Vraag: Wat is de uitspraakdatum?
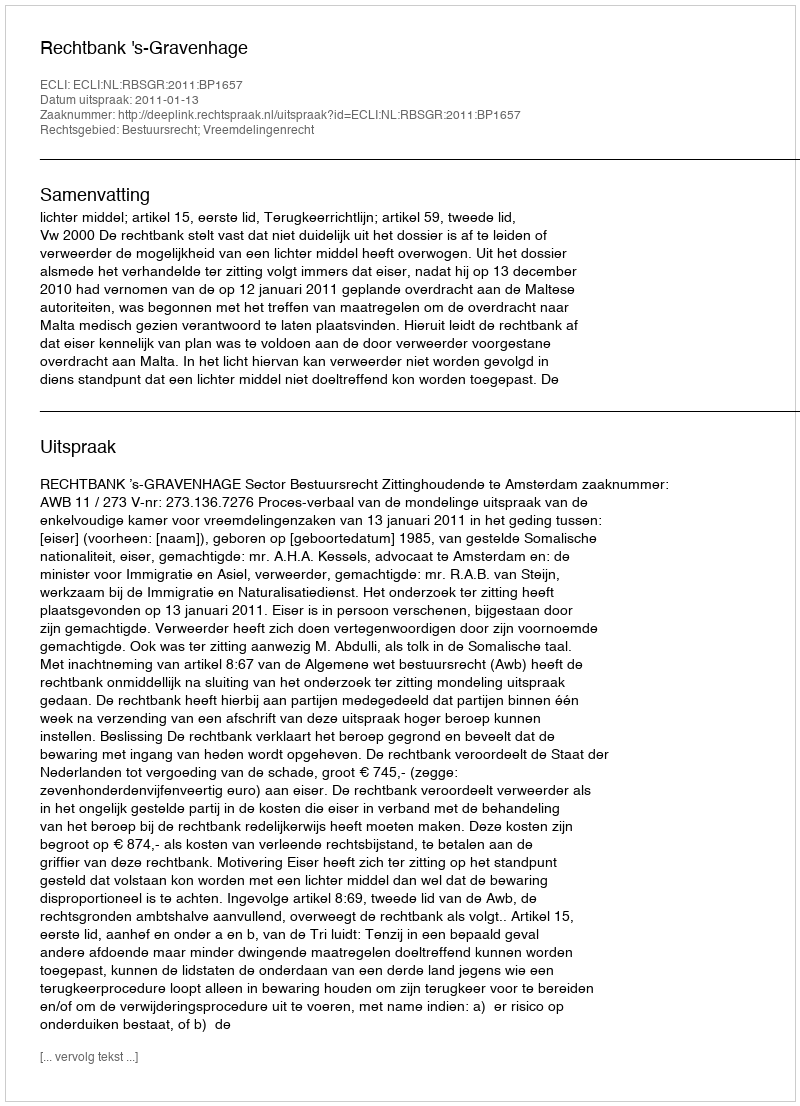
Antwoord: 2011-01-13